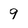
Character: 9